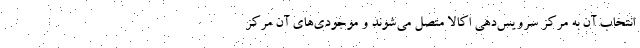
انتخاب آن به مرکز سرویس­دهی اکالا متصل می­شوند و موجودی­های آن مرکز